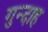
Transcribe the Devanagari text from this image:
गुन्दाह